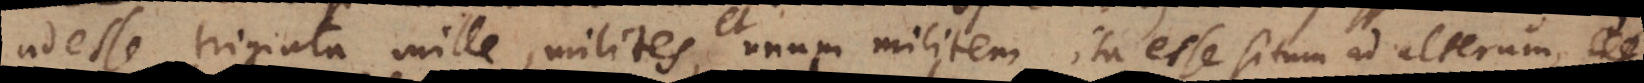
adesse triginta mille milites, unum militem ita esse situm ad alterum, ut